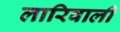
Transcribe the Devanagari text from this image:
लारिवाली